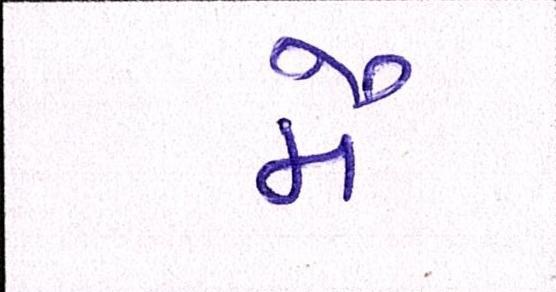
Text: મૈં